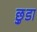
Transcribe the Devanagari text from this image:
छ़ुडा